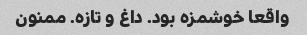
واقعا خوشمزه بود. داغ و تازه. ممنون